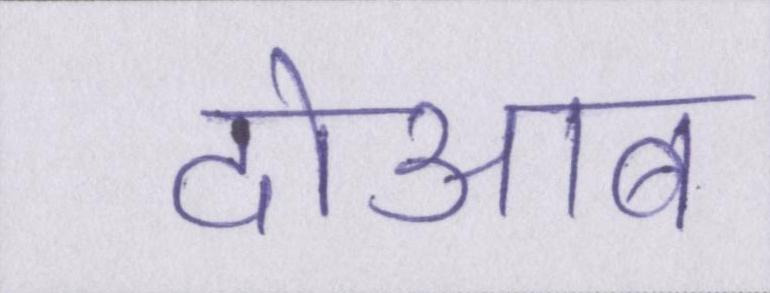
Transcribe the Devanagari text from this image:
दोआब